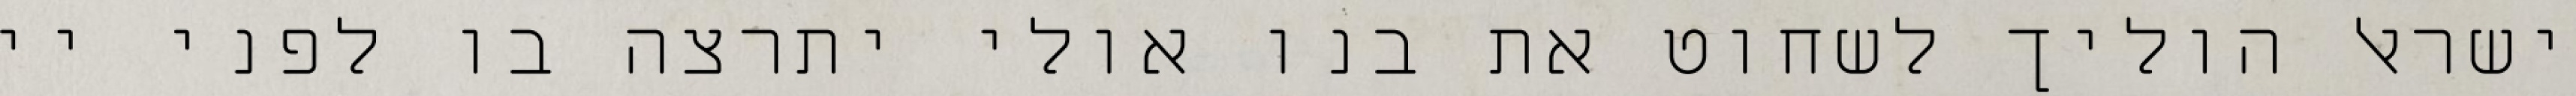
ישראל הוליך לשחוט את בנו אולי יתרצה בו לפני יי